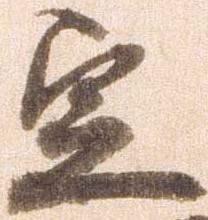
定